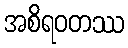
အစိရဝတဿ